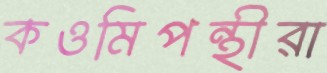
কওমিপন্থীরা